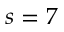
s = 7